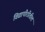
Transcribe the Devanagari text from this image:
विद्यापीठीतील